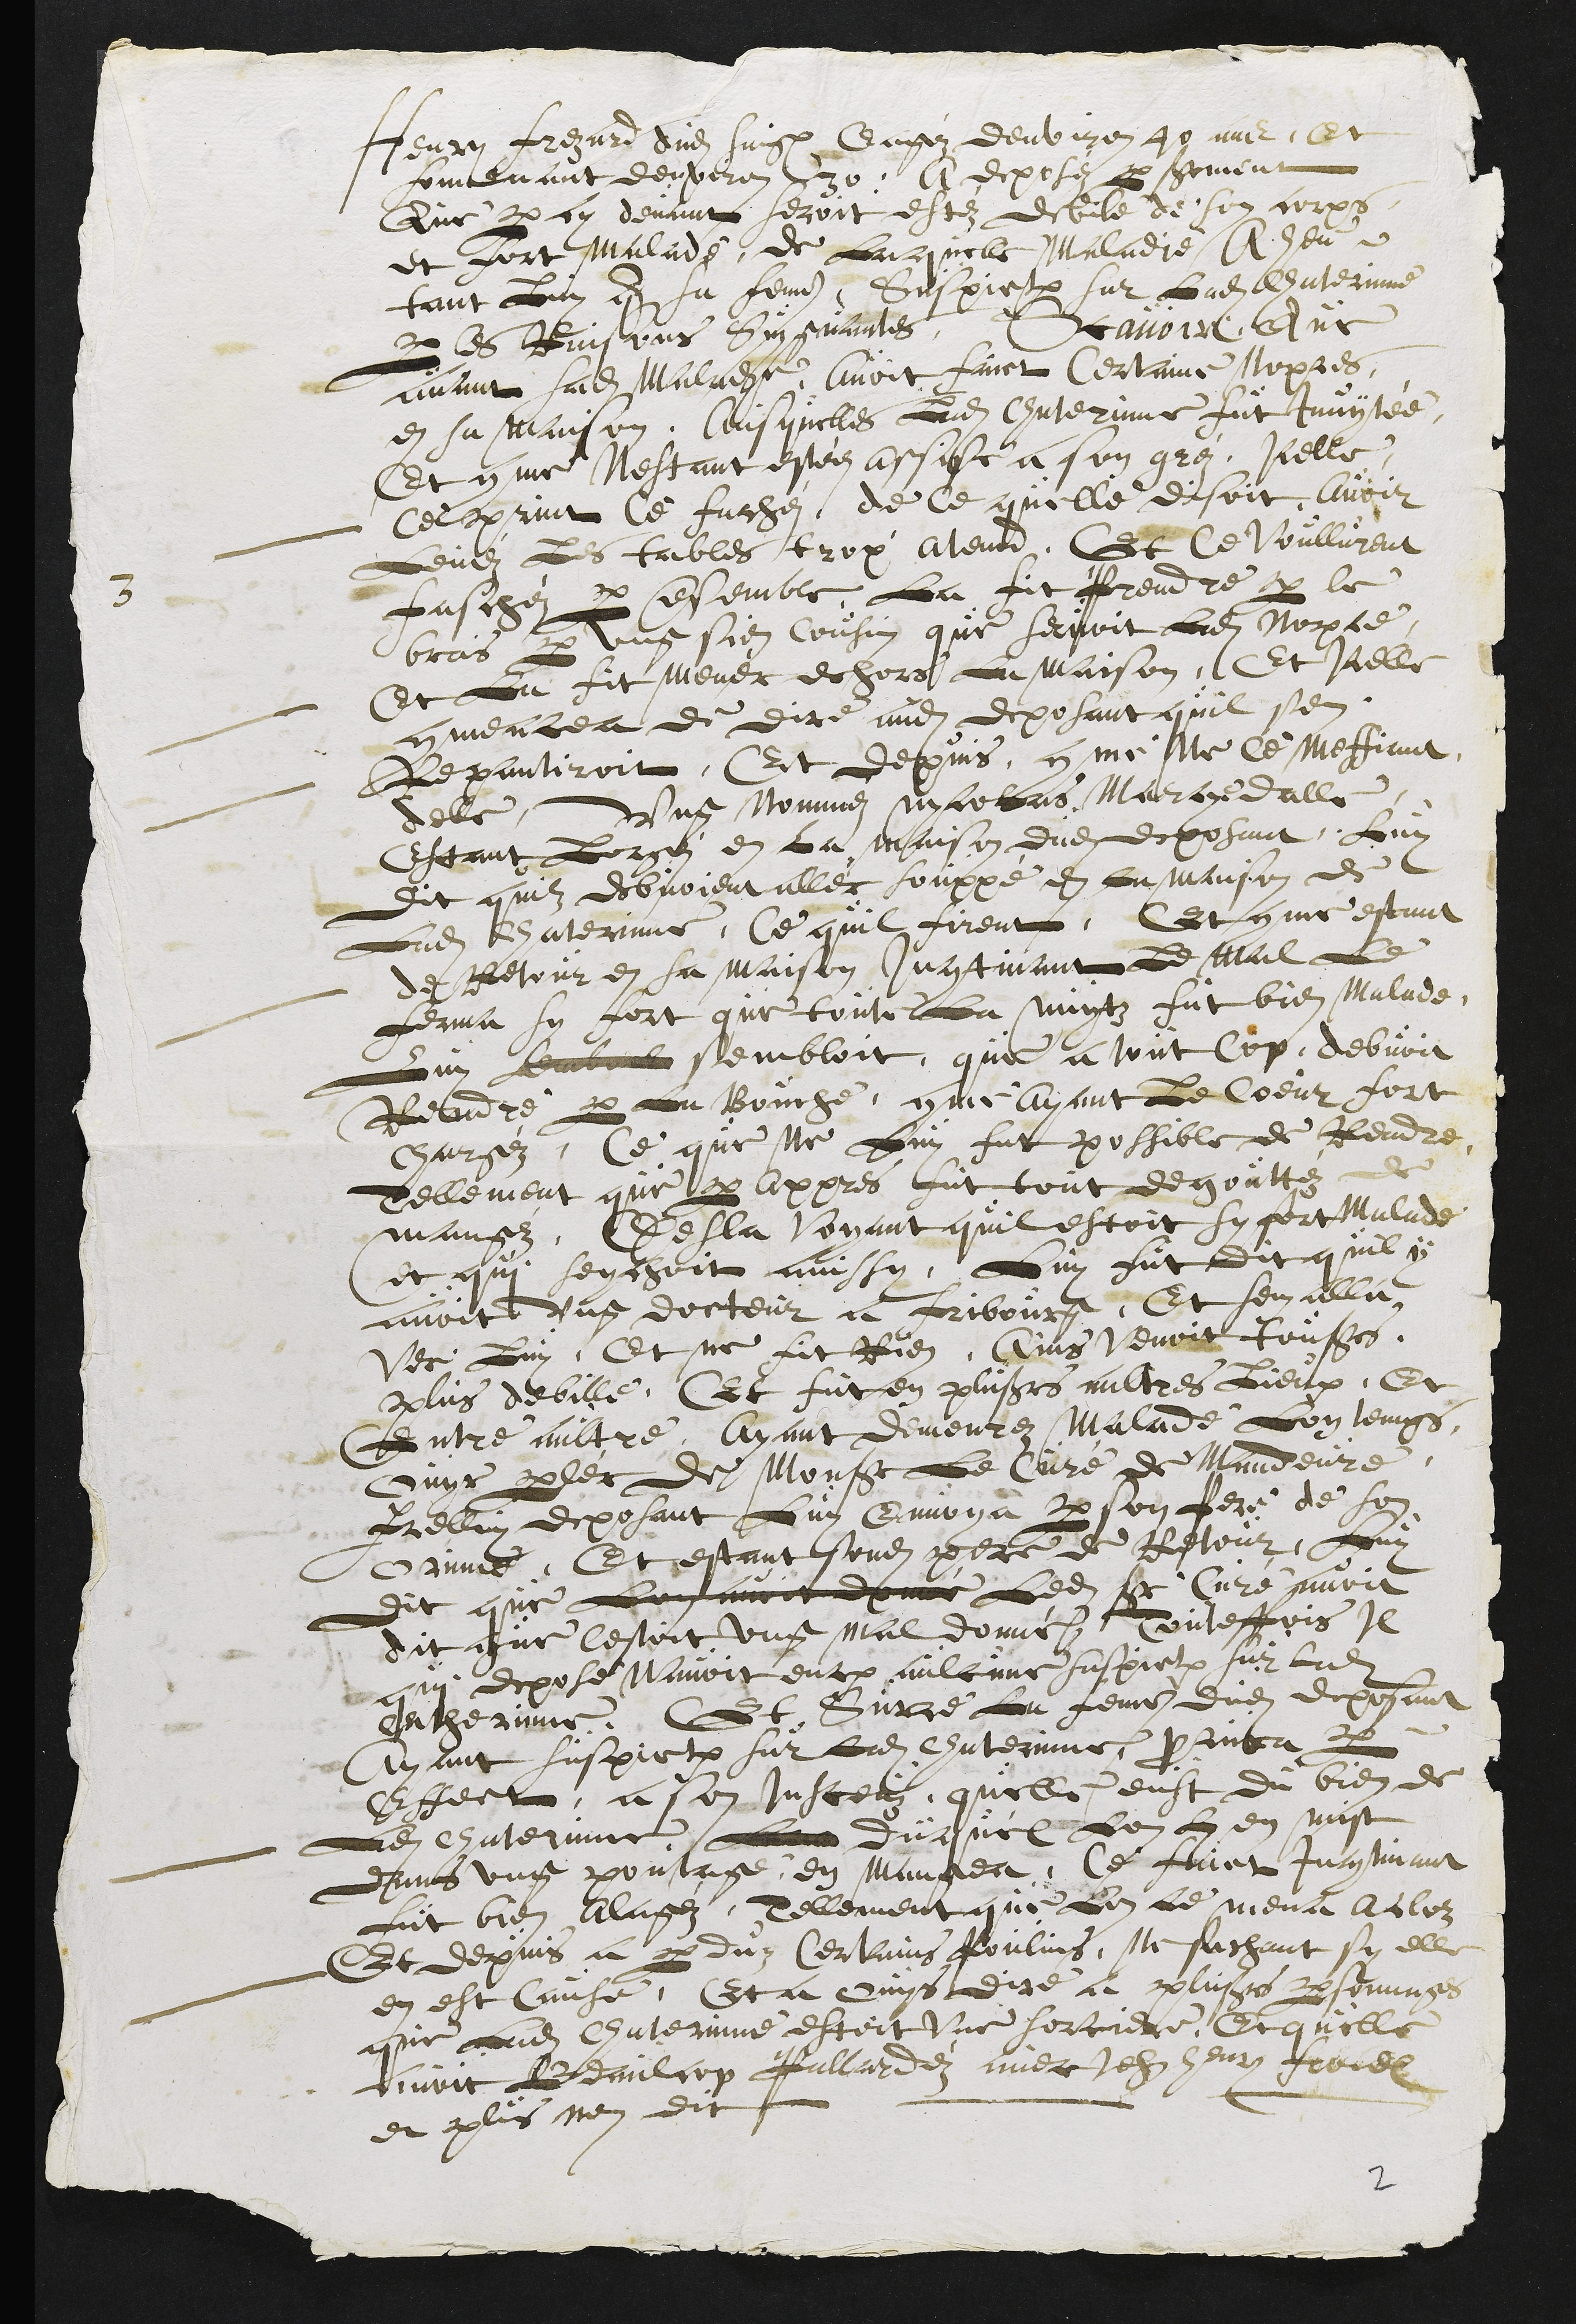
3
Henry Frezard dudit Saignelégier Eagéz denviron 40 ans, Et
souvenant denviron 30, a deposéz par serment
Que par cy devant seroit estéz debile de son corps
et fort Malade, de laquelle Maladie A heu,
tant Luy que sa femme, suspiction sur Ladite Chaterinne
par les Raisons suygvantes, Scavoir Que
avant sadite Maladie, Avoit faict Certaine nopses
en sa Maison, Ausquelles Ladite Chaterinne fut Invytée,
Et comme Nestant estée assise a son grés, Icelle
Ce print ce fachés de ce quelle disoit avoir
Levéz Les tables trop avend. Et Ce Voullurent
faschéz par ensemble, La fit Prendre par le
bras par ung sien cousin que servoit Ladite Nopce
et La fit Mener dehors La Maison, Et Icelle
commencea de dire audit deposant quil sen
Repantiroit, Et depuis, comme Ne ce Meffiant
delle, Ung Nomméz Nicolas Marty dalle
Estant Lorgé en la maison dudit deposant, Luy
dit quilz debvoient aller souppé en la maison de
Ladite Chaterinne, Ce quil firent. Et comme estant
de Retour en sa maison Incontinant Le Mal Le
ferma sy fort que toute la Nuytz fut bien Malade,
Luy semboit sembloit, que a tout  cop debvoit
Rendre par la Bouche, comme ayant le Coeur fort
Chargéz, Ce que Ne Luy fut possible de Rendre,
Tellement que par appres fut tout degouttéz de
mangéz. Desla voyant quil estoit sy fort Malade
et qui seychoit aussi, Luy fut dit quil y
avoit ung docteur a Fribourg, Et sen alla
vers Luy, Et ne fit Rien, Ains venoit tousjours
plus debille. Et fut en plusieurs aultres Lieux, Et
Entre aultre Ayant demeurez Malade Lon temps,
ouyt parler de Monsieur Le Curé de Mandeure.
Icelluy deposant Luy envoya par son Pere de son
orinne, Et estant sondit pere de Retour, Luy
dit que Lon avoit donné Ledit Sieur Curé avoit
dit que Cestoit ung mal donné. Touteffois Il
que depose Navoit eulx aulcune suspiction sur ladite
Catherinne. Et Sur ce La femme dudit deposant
Ayant suspiction sur Ladite Chaterinne, procura par
Effect a son Insceuz quelle eust du bien de
Ladite Chaterinne, L?? duquel Lon luy en mist
dans ung poutage, en mangea, Ce faict Incontinant
fut bien alagéz, Tellement que Lon Le mena a cloz
Et depuis a perduz Certains Poulins, Ne sachant sy elle
en est Cause. Et a ouys dire a plusieurs personnages
que Ladite Chaterinne estoit une sorciere, Et quelle
avoit Beaucop Pallardéz avec Jehan henry Froidevaulx
et plus nen dit